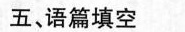
五 语篇填空